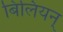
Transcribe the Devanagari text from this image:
बिलियन्